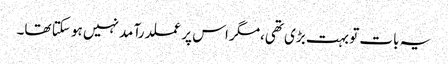
یہ بات تو بہت بڑی تھی،مگر اس پر عملدرآمد نہیں ہو سکتا تھا۔